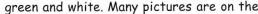
green and white. Many pictures are on the